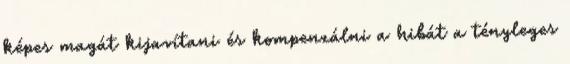
képes magát kijavítani és kompenzálni a hibát a tényleges